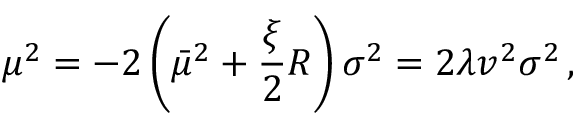
\mu ^ { 2 } = - 2 \left( \bar { \mu } ^ { 2 } + \frac { \xi } { 2 } R \right) \sigma ^ { 2 } = 2 \lambda v ^ { 2 } \sigma ^ { 2 } \, { , }